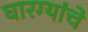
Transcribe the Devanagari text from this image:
घारग्यांचे